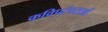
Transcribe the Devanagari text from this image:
कविपरंपराओं